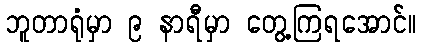
ဘူတာရုံမှာ ၉ နာရီမှာ တွေ့ကြရအောင်။